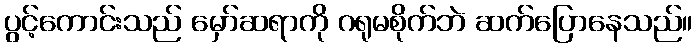
ပွင့်ကောင်းသည် မှော်ဆရာကို ဂရုမစိုက်ဘဲ ဆက်ပြောနေသည်။